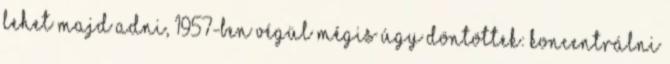
lehet majd adni, 1957-ben végül mégis úgy döntöttek: koncentrálni